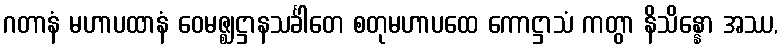
ဂတာနံ မဟာပထာနံ ဝေမဇ္ဈဋ္ဌာနသင်္ခါတေ စတုမဟာပထေ ကောဋ္ဌာသံ ကတွာ နိသိန္နော အဿ,